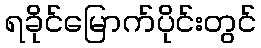
ရခိုင်မြောက်ပိုင်းတွင်